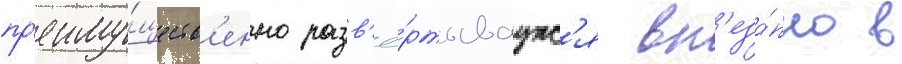
пр'еиму́ществ'енно разв'ё́ртываутс'я вн'еза́пно в